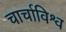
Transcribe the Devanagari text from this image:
चार्चाविश्व